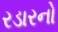
રડારનો